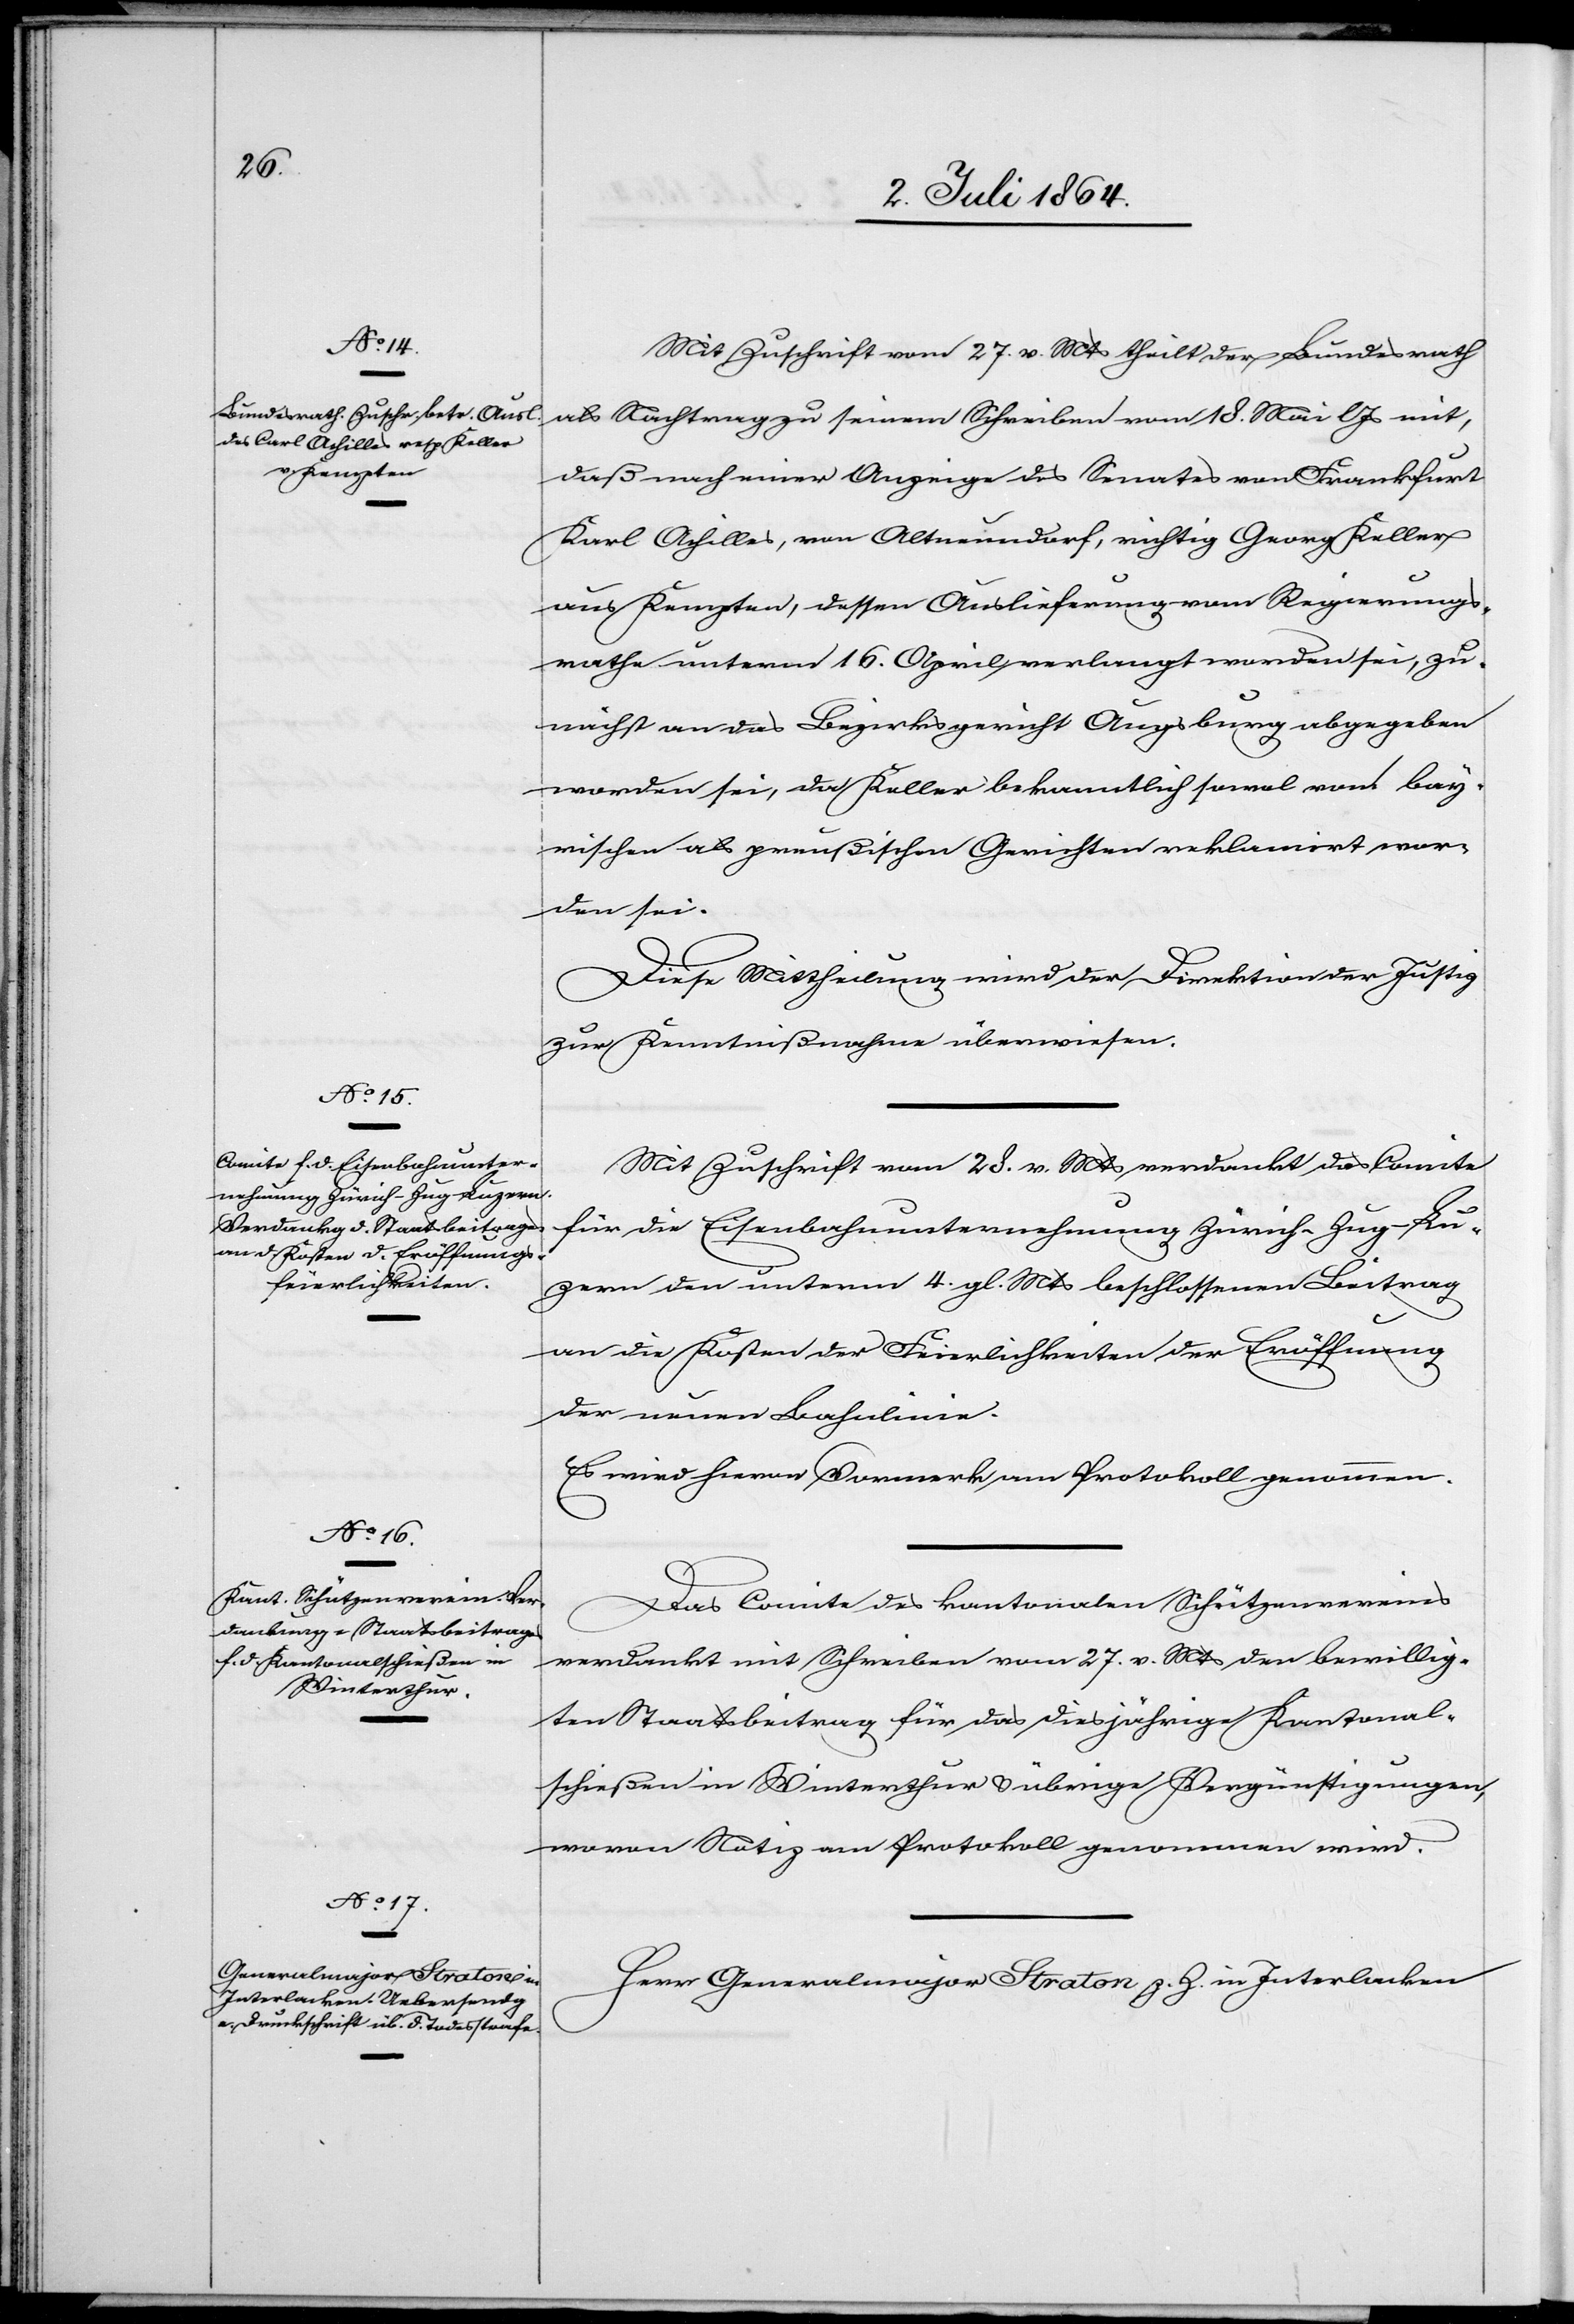
Mit Zuschrift vom 27. v. Mts. theilt der Bundesrath
als Nachtrag zu seinem Schreiben vom 18. Mai l. Js. mit,
daß nach einer Anzeige des Senates von Frankfurt
Karl Achilles, von Altneundorf, richtig Georg Keller
aus Kempten, dessen Auslieferung vom Regierungs¬
rathe unterm 16. April verlangt worden sei, zu¬
nächst an das Bezirksgericht Augsburg abgegeben
worden sei, da Keller bekanntlich sowol vom bay¬
rischen als preußischen Gerichten [sic!] reklamiert wor¬
den sei.
Diese Mittheilung wird der Direktion der Justiz
zur Kenntnißnahme überwiesen.
Mit Zuschrift vom 28. v. Mts. verdankt das Comite
für die Eisenbahnunternehmung Zürich–Zug–Lu¬
zern den unterm 4. gl. Mts. beschlossenen Beitrag
an die Kosten der Feierlichkeiten der Eröffnung
der neuen Bahnlinie.
Es wird hievon Vormerk am Protokoll genommen.
Das Comite des kantonalen Schützenvereins
verdankt mit Schreiben vom 27. v. Mts. den bewillig¬
ten Staatsbeitrag für das diesjährige Kantonal¬
schießen in Winterthur u. übrige Vergünstigungen,
wovon Notiz am Protokoll genommen wird.
Herr Generalmajor Straton z. Z. in Interlacken